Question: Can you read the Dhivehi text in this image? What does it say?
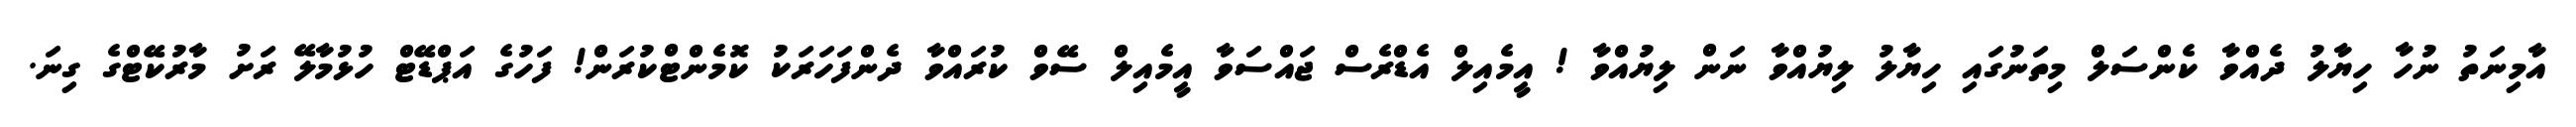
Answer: އާމިނަތު ނުހާ ހިޔާލު ދެއްވާ ކެންސަލް މިތަނުގައި ހިޔާލު ލިޔުއްވާ ނަން ލިޔުއްވާ ! އީމެއިލް އެޑްރެސް ޖައްސަވާ އީމެއިލް ސޭވް ކުރައްވާ ދެންފަހަރަކު ކޮމެންޓްކުރަން! ފަހުގެ އަޕްޑޭޓް ހުޅުމާލޭ ރަށު މާރުކޭޓްގެ ގިނަ.